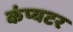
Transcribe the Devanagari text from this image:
कंप्यटर